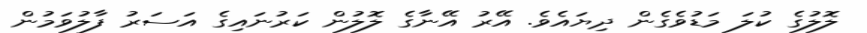
ލޮލުގެ ކުލަ މަޑުވެގެން ދިޔައެވެ. އޭރު އޭނާގެ ލޮލުން ކަރުނައިގެ އަސަރު ފާލުވަމުން